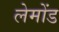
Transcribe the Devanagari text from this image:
लेमोंड